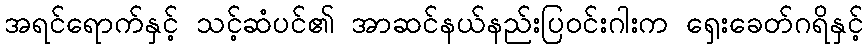
အရင်ရောက်နှင့် သင့်ဆံပင်၏ အာဆင်နယ်နည်းပြဝင်းဂါးက ရှေးခေတ်ဂရိနှင့်